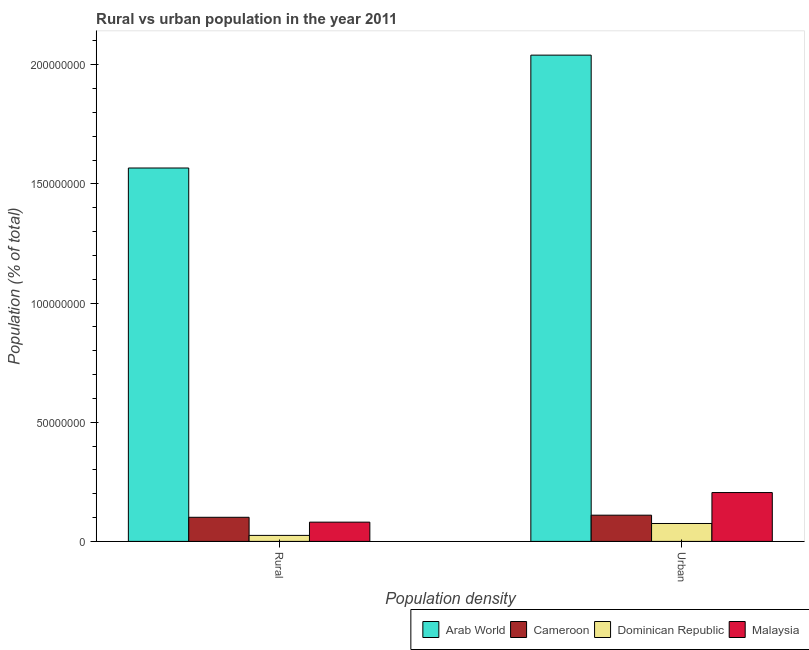
| Population density | Arab World | Cameroon | Dominican Republic | Malaysia |
 | --- | --- | --- | --- | --- |
 | Rural | 1.57e+08 | 1.01e+07 | 2.51e+06 | 8.08e+06 |
 | Urban | 2.04e+08 | 1.1e+07 | 7.51e+06 | 2.05e+07 |